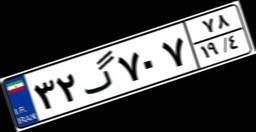
۳۲گ۷۰۷۷۸